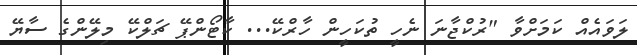
ލަވައެއް ކަމަށްވާ "ރުކްޖާނަ ނެހީ ތުކަހީން ހާރްކޭ... ކާޓޯންޕޭ ޗަލްކޭ މިލޭންގެ ސާޔޭ